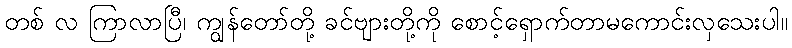
တစ် လ ကြာလာပြီ၊ ကျွန်တော်တို့ ခင်ဗျားတို့ကို စောင့်ရှောက်တာမကောင်းလှသေးပါ။